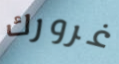
غرورك